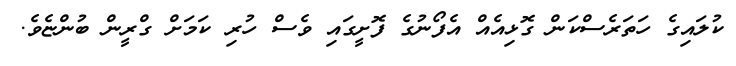
ކުލައިގެ ހަތަރެސްކަން ގޮޅިއެއް އެފޯނުގެ ފޮށީގައި ވެސް ހުރި ކަމަށް ގްރީން ބުންޏެވެ.